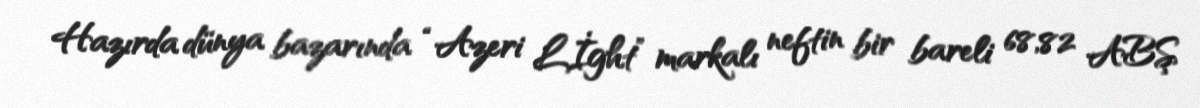
Hazırda dünya bazarında “Azeri Lİght” markalı neftin bir bareli 68,82 ABŞ